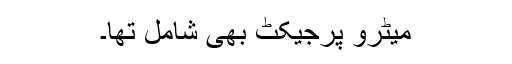
میٹرو پرجیکٹ بھی شامل تھا۔